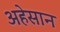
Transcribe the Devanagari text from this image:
अहेसान